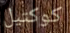
كوكتيل